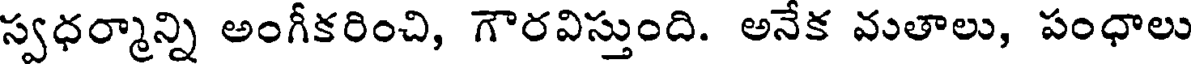
స్వధర్మాన్ని అంగీకరించి, గౌరవిస్తుంది. అనేక వుతాలు, పంధాలు